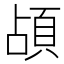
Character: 頕